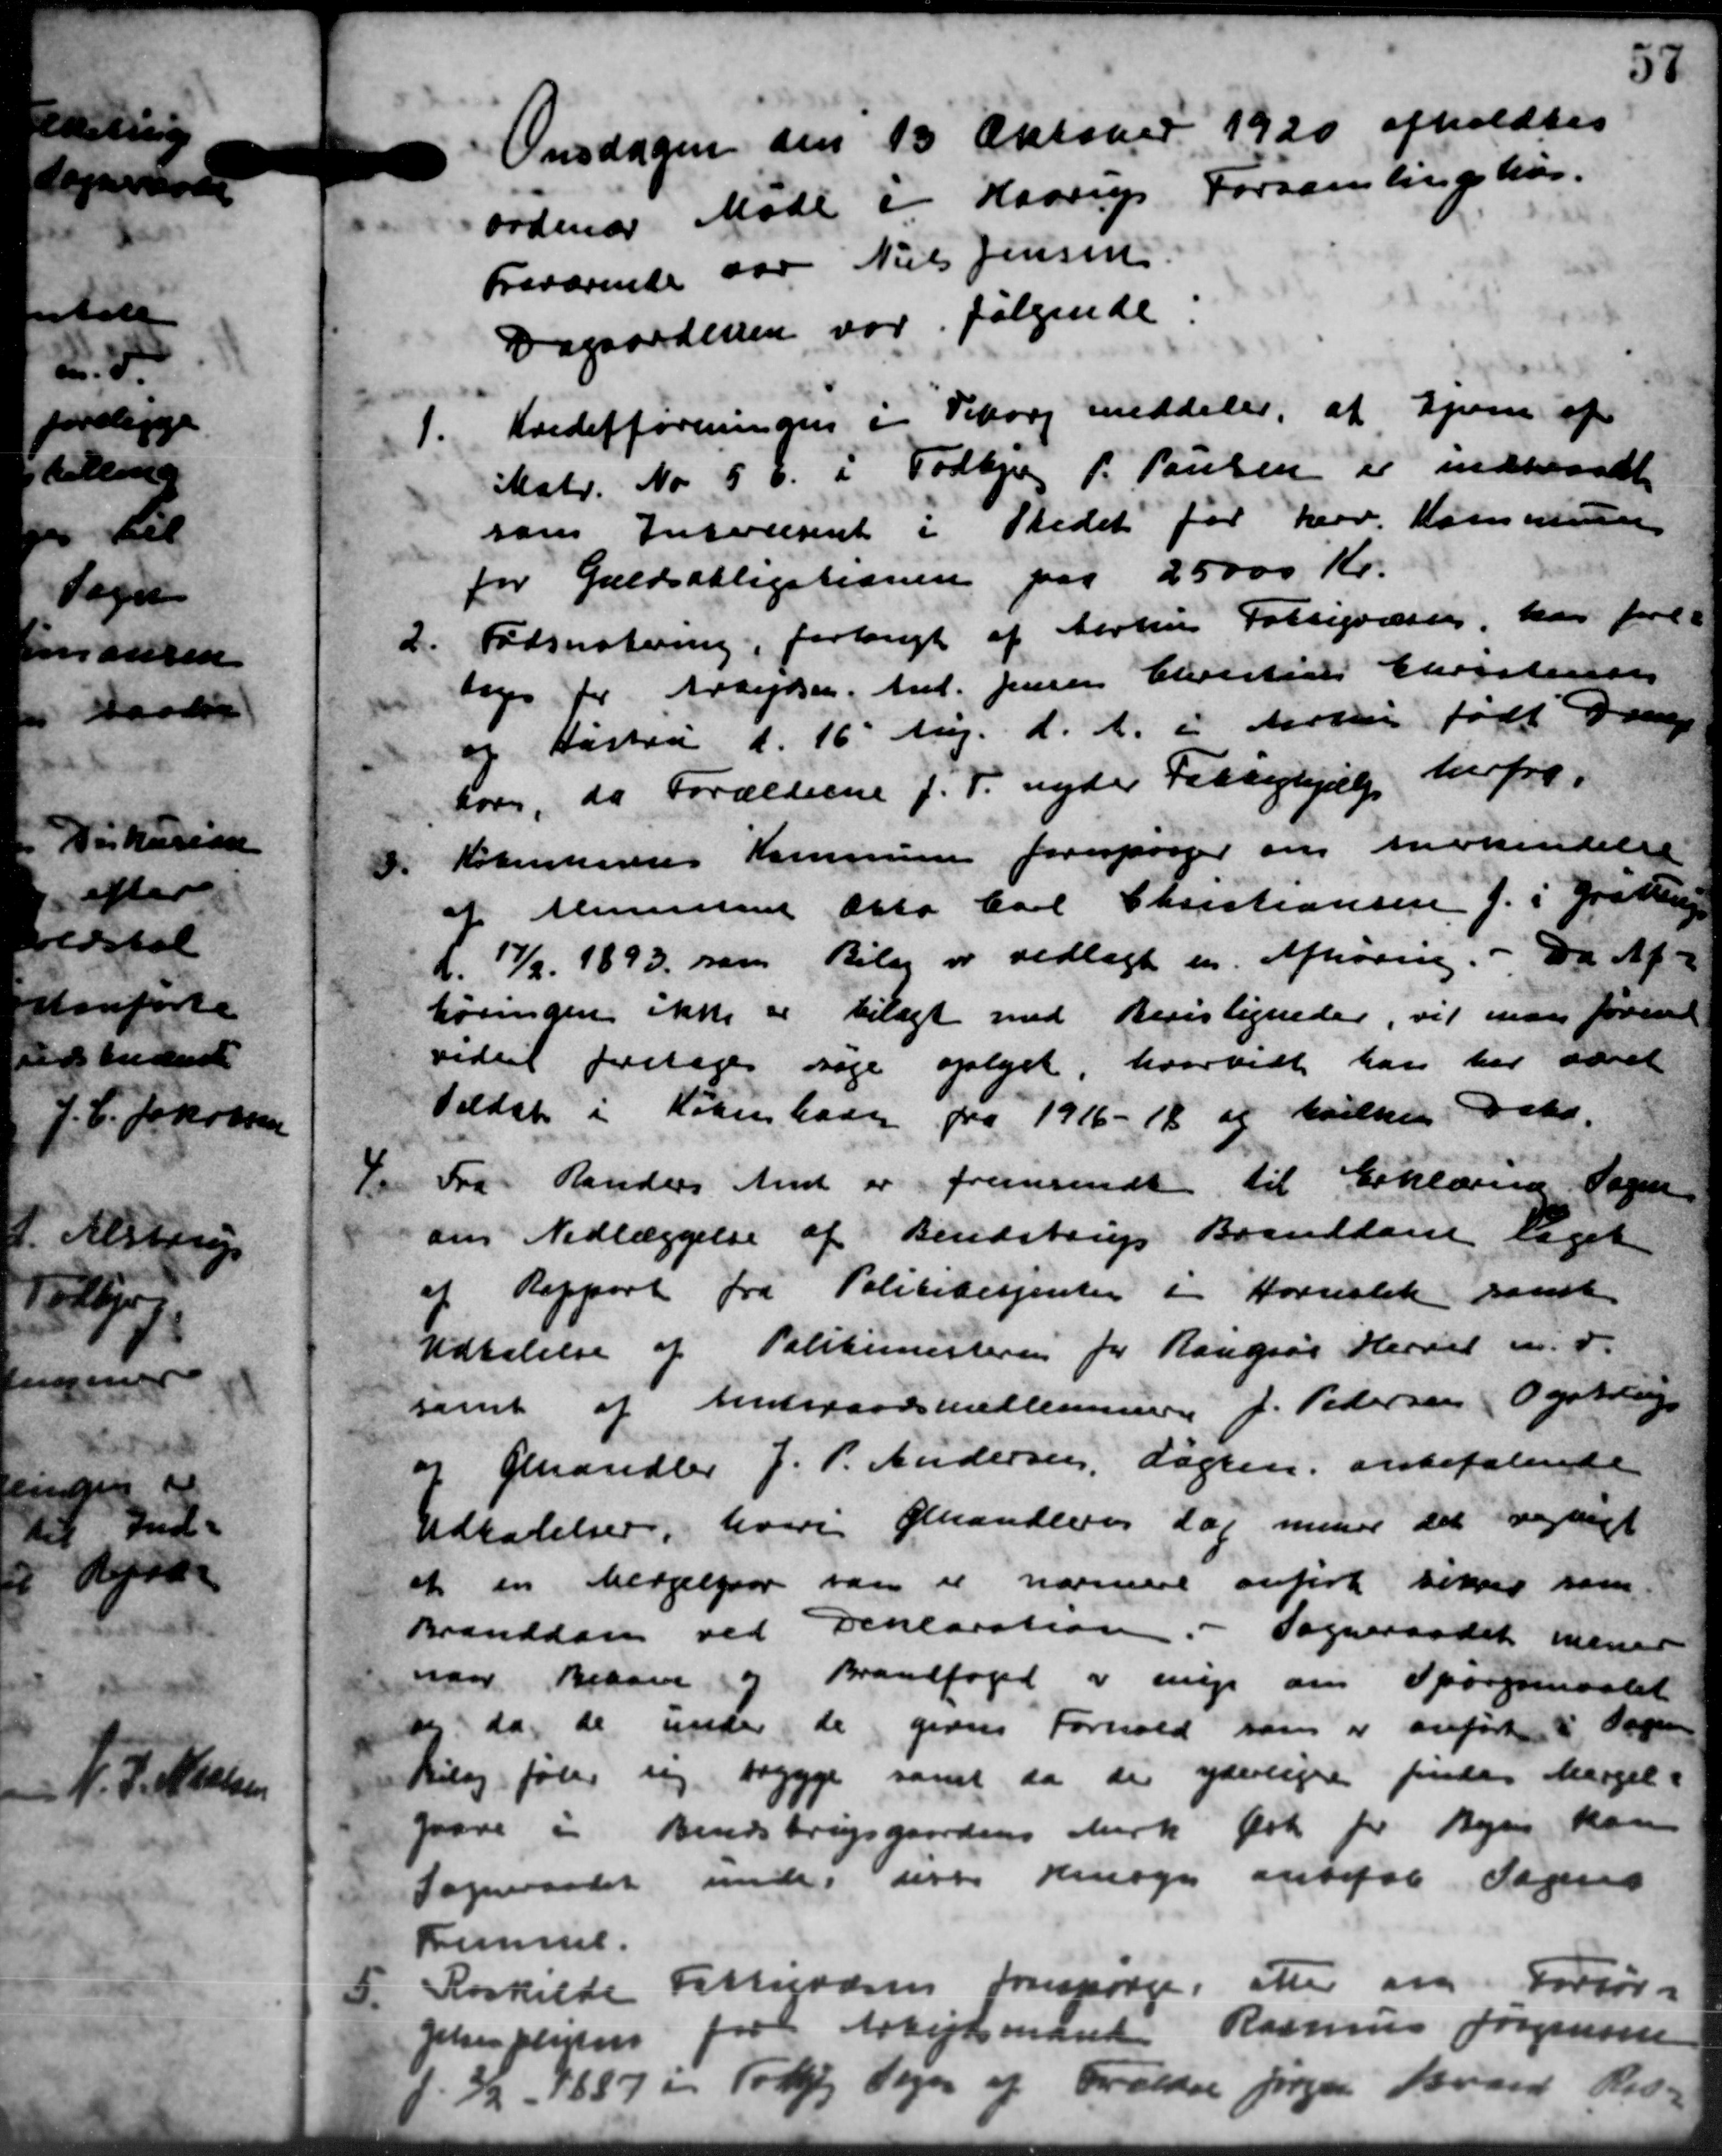
Transskription:
Onsdagen den 15 Oktober 1920 afholdtes
ordinær Møde i Haarup Forsamlingshus.
Fraværende var Niels Jensen.
Dagsordenen var følgende
1.
Kreditforeningen i Viborg meddeler, at Ejerne af
Matr. No 5 b i Todbjerg P. Poulsen er indkrandt
som Insvæsent i Stedet for herv. Kommune
for Gældsabligationen paa 25000 Kr.
2.
Fødsnotering, forlangt af Aarhus Fattigvæsen, har fore-
tages for Arbejdsen. And. Jensen Christians Christensen
og Hastru d. 16' Aug. d. A. i Artur født Dreng
sor, da Forældrene J. F. nyder Fattighjælp herfra
3.
Købendernes Kommunen forespørger om anerkendelse
af Ministeret Otto Carl Christiansen f. i Grøttrup
L. 17/2 1893, som Bilag er vedlagt en Afhøring. - Da Af-
høringen ikke er bilagt med Revistigneder, vil man forind
videre foretages søge oplyst hvorvidt han har været
Valdet i København fra 1916-18 og hvilken Dato.
4
Do Fra Randers Amt er fremsendt til Erklæring Sogne
om Nedlæggelse af Bendstrup Branddame liget
af Rapport fra Politibetjenter i Hornslet samt
Udtalelse af Politimesteren for Rougsø Hersel m. v.
samt af Amtsraadsmedlemmer J. Pedersen Ogstrup
og Gandler J. P. Andersen, Løgten anbefalende
Udtalelser, hvori Standlers dag mener det regnet
et en Mergelser var er nærmere anført sikres sam
Branddam ved Deklaration. - Sogneraadet mener
naar Behane og Brandfoged og enige om Spørgsmaalet
sy, da de under de givne Forhold som er anførte i Sagen
Bilag føler sig begge samt da der yderligere findes Mergel-
saare i Bendstrupgaardens Mark for for Byen kan
Sogneraadet under disse Hensyn ansat Sagens
Fremmel.
5
Roskilde Fattigvæsen forespørge, atter ang. Forsør-
Johen plisten fra Arbejdsmand Rasmus Jørgensen
2/2 1887 i Tød Sogn af Trældre Jørgen Braab Biog